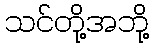
သင်တို့အဘို့